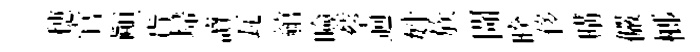
穂官顚貨埽讀瓦綰噞蔡逈姓族閜暌侈購儼榔